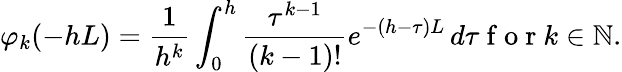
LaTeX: \varphi_{k}(-hL)=\frac{1}{h^{k}}\int_{0}^{h}\frac{\tau^{k-1}}{(k-1)!}e^{-(h-\tau)L}\, d\tau\mathrm{~f~o~r~}k\in{\mathbb N}.